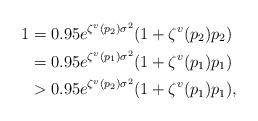
LaTeX: \begin{align*}1&=0.95{e}^{\zeta^v(p_2)\sigma^2}(1+\zeta^v(p_2)p_2)\\&=0.95{e}^{\zeta^v(p_1)\sigma^2}(1+\zeta^v(p_1)p_1)\\&>0.95{e}^{\zeta^v(p_2)\sigma^2}(1+\zeta^v(p_1)p_1),\end{align*}